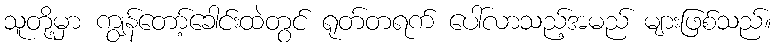
သူတို့မှာ ကျွန်တော့်ခေါင်းထဲတွင် ရုတ်တရက် ပေါ်လာသည့်အမည် များဖြစ်သည်။